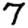
Digit: 7